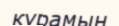
күрамын